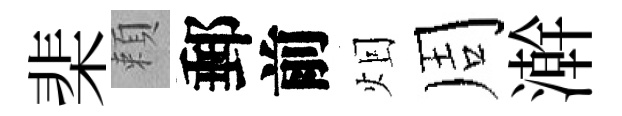
棐頼郵前𤇆周澣